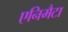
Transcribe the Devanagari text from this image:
एनिमैटा